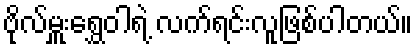
ဗိုလ်မှူးရွှေဝါရဲ့ လက်ရင်းလူဖြစ်ပါတယ်။